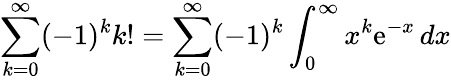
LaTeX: \sum_{k=0}^{\infty}(-1)^{k}k!=\sum_{k=0}^{\infty}(-1)^{k}\int_{0}^{\infty}x^{k}\mathrm{e}^{-x}\, dx